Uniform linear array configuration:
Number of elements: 48
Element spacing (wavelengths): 0.5
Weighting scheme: exponential
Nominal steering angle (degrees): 45
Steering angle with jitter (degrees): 45.664
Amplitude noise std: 0.05
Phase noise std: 0.05

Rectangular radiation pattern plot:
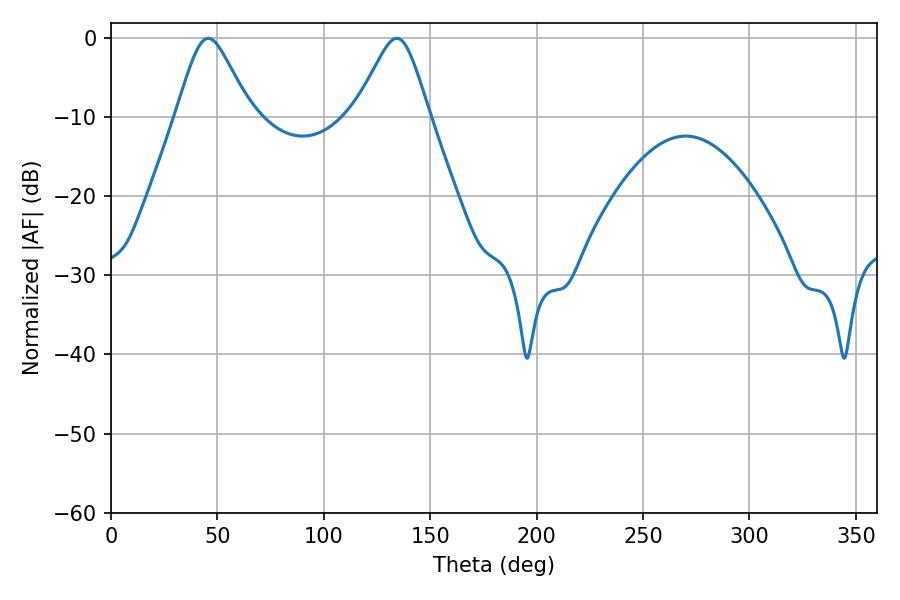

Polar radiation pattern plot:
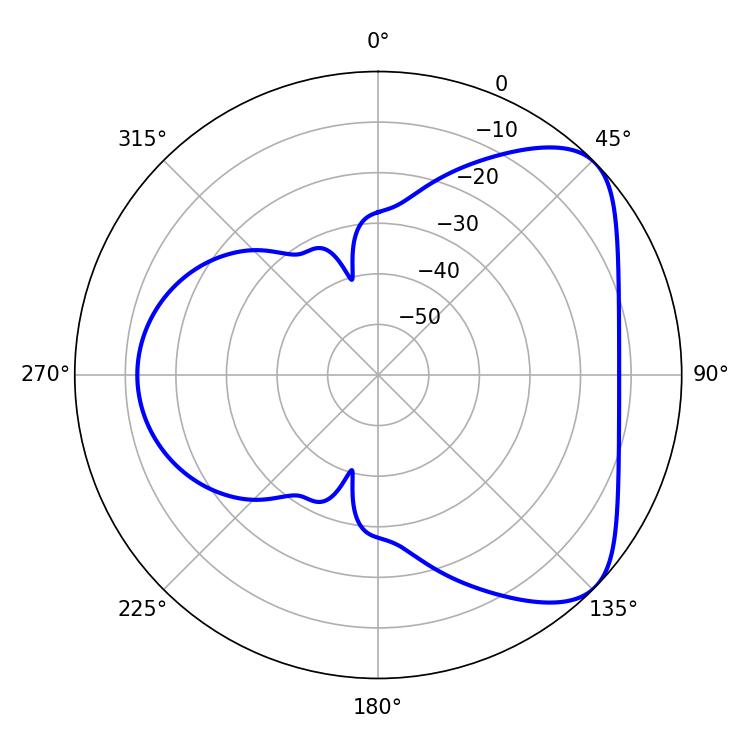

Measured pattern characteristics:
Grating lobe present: FALSE
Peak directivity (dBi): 5.923
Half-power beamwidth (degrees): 16.92
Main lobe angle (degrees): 45.72